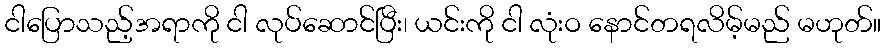
ငါပြောသည့်အရာကို ငါ လုပ်ဆောင်ပြီး၊ ယင်းကို ငါ လုံးဝ နောင်တရလိမ့်မည် မဟုတ်။